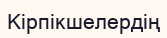
Кірпікшелердің